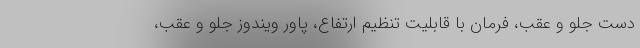
دست جلو و عقب، فرمان با قابلیت تنظیم ارتفاع، پاور ویندوز جلو و عقب،